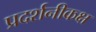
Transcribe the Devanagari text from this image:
प्रदर्शनीकक्ष